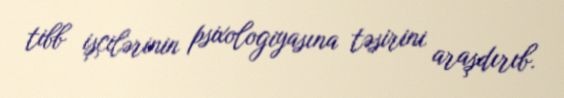
tibb işçilərinin psixologiyasına təsirini araşdırıb.